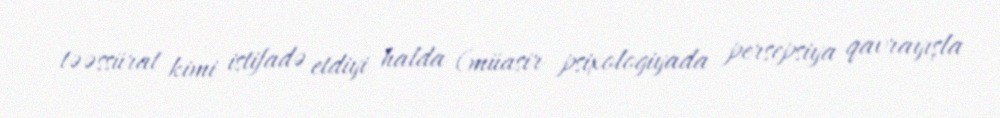
təəssürat kimi istifadə etdiyi halda (müasir psixologiyada persepsiya qavrayışla